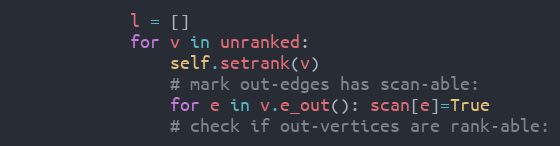
Language: Python
            l = []
            for v in unranked:
                self.setrank(v)
                # mark out-edges has scan-able:
                for e in v.e_out(): scan[e]=True
                # check if out-vertices are rank-able: